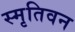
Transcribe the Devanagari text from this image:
स्मृतिवन